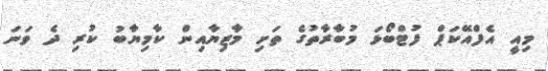
މިއީ އެފްއޭކަޕް ފުޓްބޯޅަ މުބާރާތުގެ ތަށި މާޒިޔާއިން ކާމިޔާބު ކުރި ދެ ވަނަ